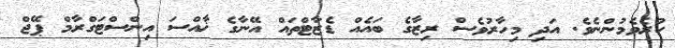
ކުރެވެމުންނެވެ. އަދި މިހާރުވެސް ރިޒާގެ ބައެއް ޑެޒާޓްތައް އޭނާގެ ޚާއްސަ އިންސްޓަގްރާމް ޕޭޖް